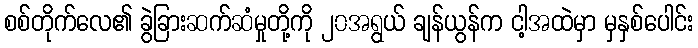
စစ်တိုက်လေ၏ ခွဲခြားဆက်ဆံမှုတို့ကို ၂၀အရွယ် ချန်ယွန်က ငါ့အထဲမှာ မှနှစ်ပေါင်း